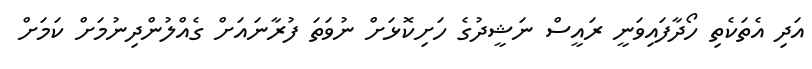
އަދި އެތަކެތި ހޯދާފައިވަނީ ރައީސް ނަޝީދުގެ ހަށިކޮޅަށް ނުވަތަ ފުރާނައަށް ގެއްލުންދިނުމަށް ކަމަށް